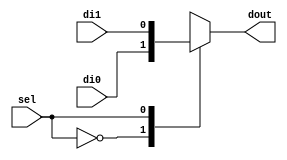
`timescale 1ns / 1ps
//////////////////////////////////////////////////////////////////////////////////
// Company: Faculty of Electronics, Telecommunications and Information Technology of Iasi
// 
// Design Name: 
// Module Name: MUX2_1b
// Project Name: 
// Target Devices: 
// Tool Versions: 
// Description: 
//
// Dependencies: 
// Additional Comments:
// 
//////////////////////////////////////////////////////////////////////////////////


module MUX2_1b(
	input di0,
	input di1,
	input sel,
	output reg dout
	);
	
	always @ (di0 or di1 or sel) begin
		case(sel)
		1'b0: dout <= di0;
		1'b1: dout <= di1;
		endcase
	end
endmodule